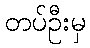
တပ်ဦးမှ